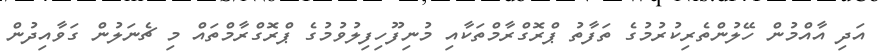
އަދި އާއްމުން ހޭލުންތެރިކުރުމުގެ ތަފާތު ޕްރޮގްރާމްތަކާއި މުނިފޫހިފިލުވުމުގެ ޕްރޮގްރާމްތައް މި ޗެނަލުން ގަވާއިދުން